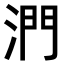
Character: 𣶯